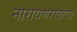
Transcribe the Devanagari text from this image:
नारायणरावांचा